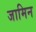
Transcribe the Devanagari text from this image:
जामिन